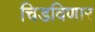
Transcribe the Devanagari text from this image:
चिडविणार